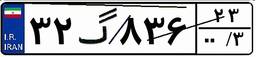
۳۲گ۸۳۶۲۳